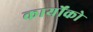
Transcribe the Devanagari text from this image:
कार्योंको